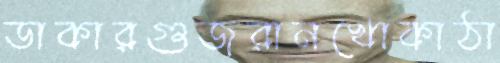
ডাকারগুজরানখোকাঠা